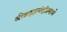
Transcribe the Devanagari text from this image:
श्रीब्रह्मानंदांप्रमाणे